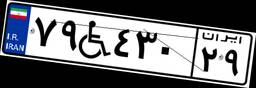
۴۵W۳۵۰۸۳